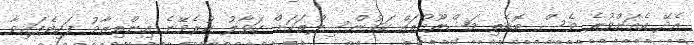
އެދޭ އެއަށްވުރެ ވެސް ބޮޑެތި މަޝްރޫއުތައް ކައުންސިލްތަކަށް ހަވާލު ކުރެވޭނެ އިންތިޒާމު ފަހިވެފައިވާ